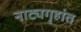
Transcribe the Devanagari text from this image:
नाट्यगृहांत